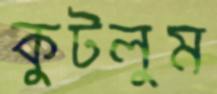
কুটলুম